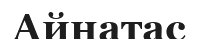
Айнатас